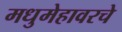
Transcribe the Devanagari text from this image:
मधुमेहावरचे